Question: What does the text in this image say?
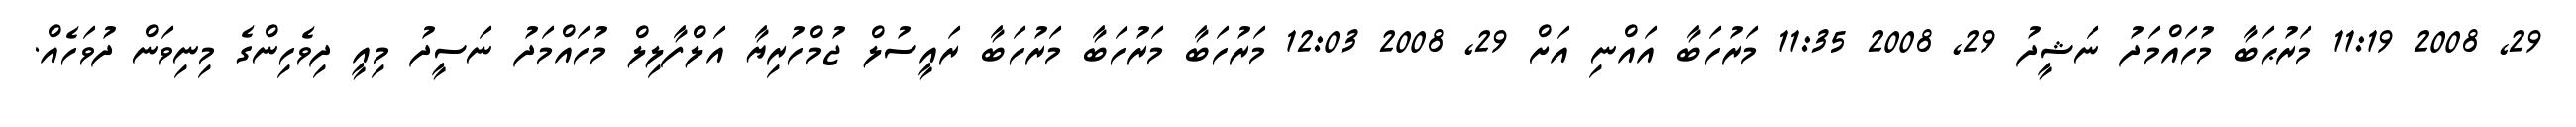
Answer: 29, 2008 11:19 މަރުޙަބާ މުހައްމަދު ނަޝީދު 29, 2008 11:35 މަރުހަބާ އައްނި އަށް 29, 2008 12:03 މަރުހަބާ މަރުހަބާ މަރުހަބާ ރައީސުލް ޖުމްހުރިޔާ އަލްފާލިލް މުހައްމަދު ނަސީދު މިއީ ދިވެހިންގެ މިނިވަން ދުވަހެއް.